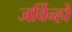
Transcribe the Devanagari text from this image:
जर्विन्हो